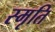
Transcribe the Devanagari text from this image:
स्‍मृति